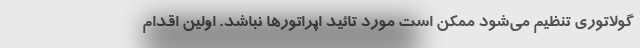
گولاتوری تنظیم می‌شود ممکن است مورد تائید اپراتورها نباشد. اولین اقدام